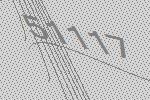
51117